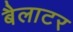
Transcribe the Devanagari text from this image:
बैलाटर